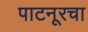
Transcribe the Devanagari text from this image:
पाटनूरचा